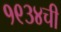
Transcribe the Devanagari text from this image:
१९३४ची